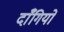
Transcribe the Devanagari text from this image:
दाँगियों